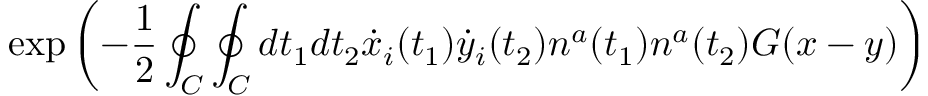
\exp \left( - { \frac { 1 } { 2 } } \oint _ { C } \oint _ { C } d t _ { 1 } d t _ { 2 } \dot { x } _ { i } ( t _ { 1 } ) \dot { y } _ { i } ( t _ { 2 } ) n ^ { a } ( t _ { 1 } ) n ^ { a } ( t _ { 2 } ) G ( x - y ) \right)